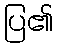
ပြ၏